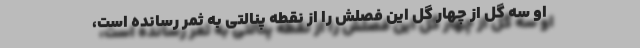
او سه گل از چهار گل این فصلش را از نقطه پنالتی به ثمر رسانده است،